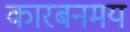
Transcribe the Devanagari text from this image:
कारबनमय